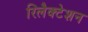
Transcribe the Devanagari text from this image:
रिलैक्टेशन